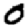
Digit: 0